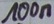
Text: 100n